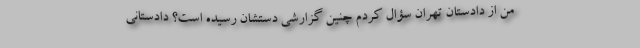
من از دادستان تهران سؤال کردم چنین گزارشی دستشان رسیده است؟ دادستانی